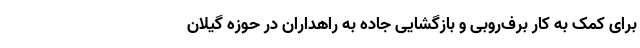
برای کمک به کار برف‌روبی و بازگشایی جاده به راهداران در حوزه گیلان